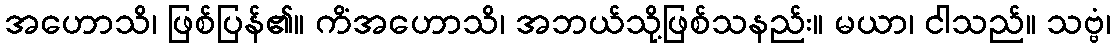
အဟောသိ၊ ဖြစ်ပြန်၏။ ကိံအဟောသိ၊ အဘယ်သို့ဖြစ်သနည်း။ မယာ၊ ငါသည်။ သဗ္ဗံ၊